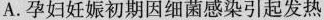
A.孕妇妊娠初期因细菌感染引起发热